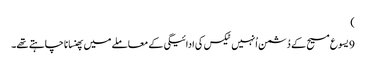
‏)‏
9 یسوع مسیح کے دُشمن اُنہیں ٹیکس کی ادائیگی کے معاملے میں پھنسانا چاہتے تھے۔